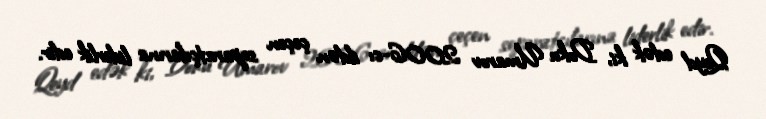
Qeyd edək ki, Doku Umarov 2006-cı ildən çeçen separatçılarına liderlik edir.